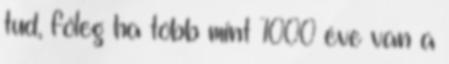
tud, főleg ha több mint 1000 éve van a